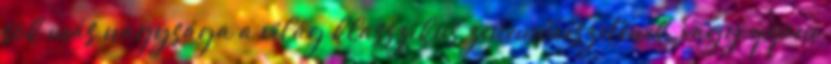
sok más nagysága a világ klasszikus zeneművészetének, vagy éppen